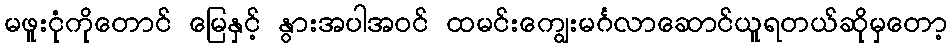
မဖူးငုံကိုတောင် မြေနှင့် နွားအပါအဝင် ထမင်းကျွေးမင်္ဂလာဆောင်ယူရတယ်ဆိုမှတော့